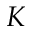
{ \cal K }